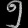
Digit: ၅